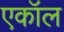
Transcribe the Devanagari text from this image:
एकॉल